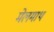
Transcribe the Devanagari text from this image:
मेलमाथ